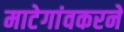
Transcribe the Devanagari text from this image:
माटेगांवकरने